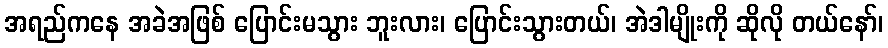
အရည်ကနေ အခဲအဖြစ် ပြောင်းမသွား ဘူးလား၊ ပြောင်းသွားတယ်၊ အဲဒါမျိုးကို ဆိုလို တယ်နော်၊